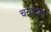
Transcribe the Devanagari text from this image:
चन्द्रोन्नत